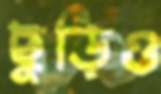
ছুড়িও